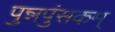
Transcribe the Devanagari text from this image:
पुन्नपुंसकम्‌